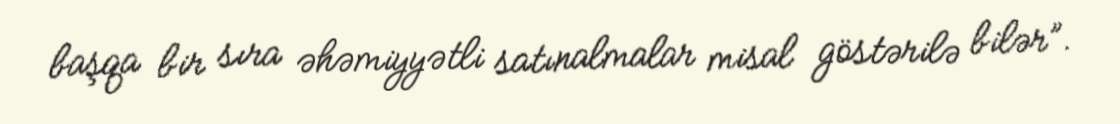
başqa bir sıra əhəmiyyətli satınalmalar misal göstərilə bilər”.